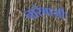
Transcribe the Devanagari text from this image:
नारेबाज़ी